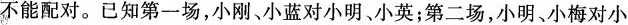
不能配对。已知第一场，小刚、小蓝对小明、小英；第二场，小明、小梅对小